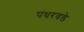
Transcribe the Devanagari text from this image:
पंधरवडे